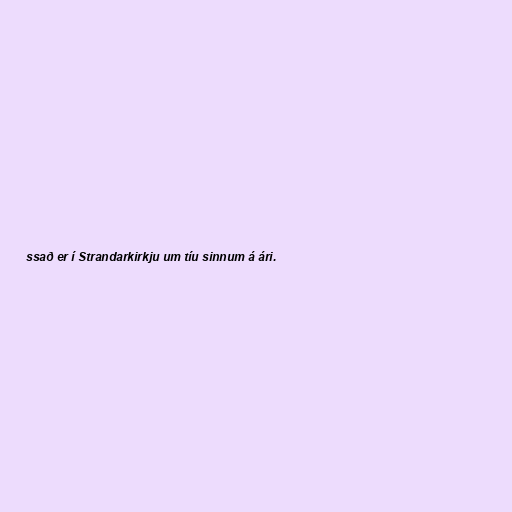
ssað er í Strandarkirkju um tíu sinnum á ári.